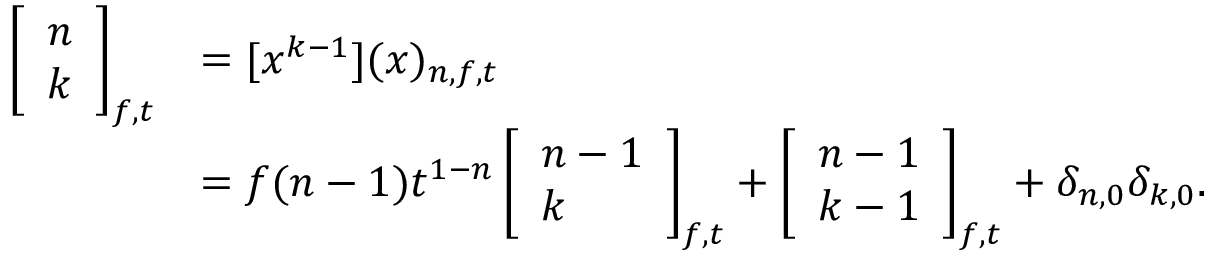
{ \begin{array} { r l } { \left[ { \begin{array} { l } { n } \\ { k } \end{array} } \right] _ { f , t } } & { = [ x ^ { k - 1 } ] ( x ) _ { n , f , t } } \\ & { = f ( n - 1 ) t ^ { 1 - n } \left[ { \begin{array} { l } { n - 1 } \\ { k } \end{array} } \right] _ { f , t } + \left[ { \begin{array} { l } { n - 1 } \\ { k - 1 } \end{array} } \right] _ { f , t } + \delta _ { n , 0 } \delta _ { k , 0 } . } \end{array} }